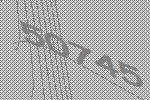
50745